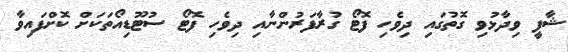
ޝާފީ ވިދާޅުވި ގޮތުގައި ދިވެހި ފޮޓޯ ގުރާފަރުންނާއި ދިވެހި ފޮޓޯ ސުޓޫޑިއޯތަކަށް ކޮށްފައިވާ